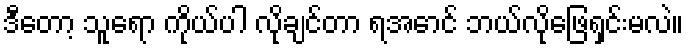
ဒီတော့ သူရော ကိုယ်ပါ လိုချင်တာ ရအောင် ဘယ်လိုဖြေရှင်းမလဲ။